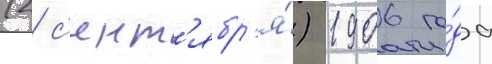
(2 с'ент'ябр'я́) 1906 го́да